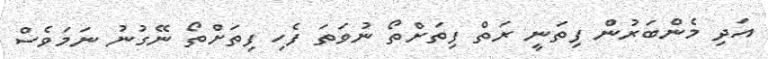
އަދި މެންބަރުން ފިތަނީ ރަތް ފިތަށްތޯ ނުވަތަ ފެހި ފިތަށްތޯ ނޭގުނު ނަމަވެސް